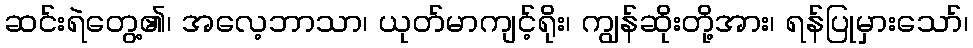
ဆင်းရဲတွေ့၏၊ အလေ့ဘာသာ၊ ယုတ်မာကျင့်ရိုး၊ ကျွန်ဆိုးတို့အား၊ ရန်ပြုမှားသော်၊